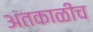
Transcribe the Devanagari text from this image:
अंतकाळीच